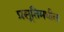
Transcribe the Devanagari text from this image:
प्रसूतिमधील